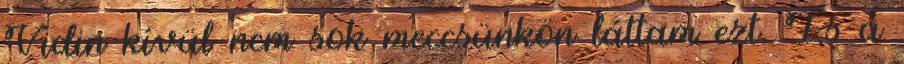
Vidin kívül nem sok meccsünkön láttam ezt. És a